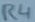
Text: R4